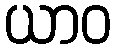
ယာဝ